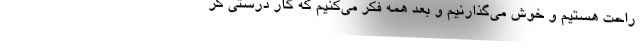
راحت هستیم و خوش می‌گذارنیم و بعد همه فکر می‌کنیم که کار درستی کر